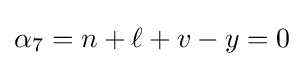
\alpha _{7}=n+\ell +v-y=0